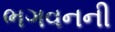
ભગવનની